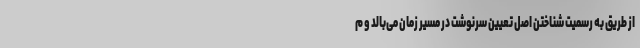
از طریق به رسمیت شناختن اصل تعیین سرنوشت در مسیر زمان می‌بالد و م